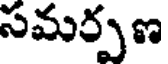
సమర్పణ